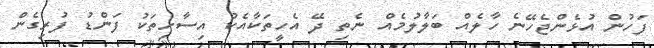
ފަހުން އުޅެންޖެހޭނެ ހާލެއް ބަލާލުމެއް ނެތި ދޭ އެހީތަކާއެކު އިސާހިތަކު ފަންޑު ފުރިގެން